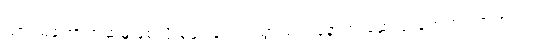
ယာဉ်မတော်တဆမှုဖြစ်လို့ နဖူး ပေါက်သွားတဲ့ လူနာက ဆေးရုံ ရောက် လာတယ်။